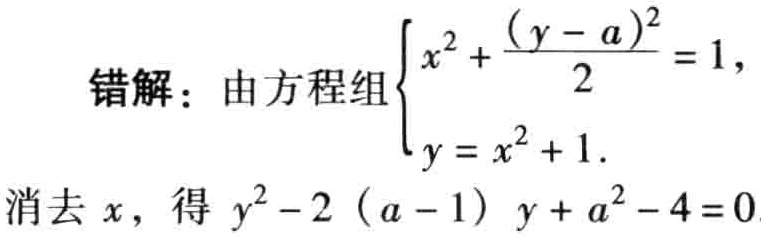
错解：由方程组\(\begin{cases}x^{2}+\frac{(y - a)^{2}}{2}=1,\\y = x^{2}+1.\end{cases}\)消去\(x\)，得 \(y^{2}-2(a - 1)y + a^{2}-4 = 0\)